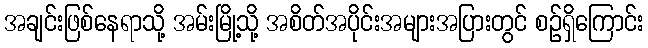
အချင်းဖြစ်နေရာသို့ အမ်းမြို့သို့ အစိတ်အပိုင်းအများအပြားတွင် စဉ်ရှိကြောင်း